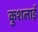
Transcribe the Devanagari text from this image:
कुशलाई